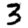
Digit: 3